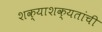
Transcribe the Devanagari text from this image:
शक्याशक्यतांची